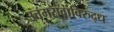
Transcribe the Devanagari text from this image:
उत्तमरावांविरुद्ध